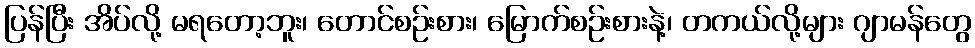
ပြန်ပြီး အိပ်လို့ မရတော့ဘူး၊ တောင်စဉ်းစား၊ မြောက်စဉ်းစားနဲ့၊ တကယ်လို့များ ဂျာမန်တွေ